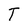
Character: T